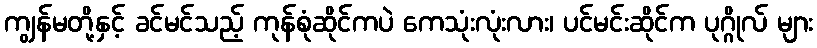
ကျွန်မတို့နှင့် ခင်မင်သည့် ကုန်စုံဆိုင်ကပဲ ကေသုံးလုံးလား၊ ပင်မင်းဆိုင်က ပုဂ္ဂိုလ် များ